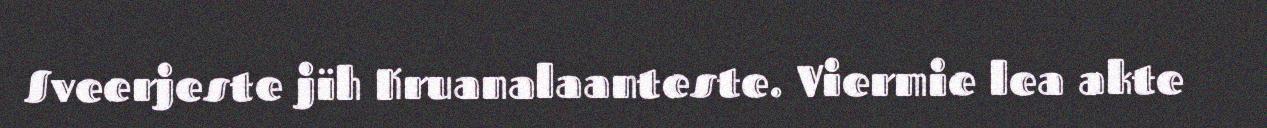
Sveerjeste jïh Kruanalaanteste. Viermie lea akte